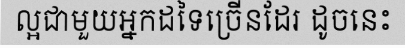
ល្អជាមួយអ្នកដទៃច្រើនដែរ ដូចនេះ